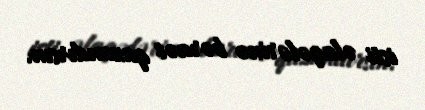
isti əlaqələrinə bəraət qazandırsın.